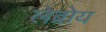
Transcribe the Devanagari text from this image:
लेब्रोय